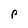
Character: p